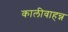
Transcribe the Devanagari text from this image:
कालीवाहन्न